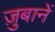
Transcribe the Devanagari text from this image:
ज़ुबानें